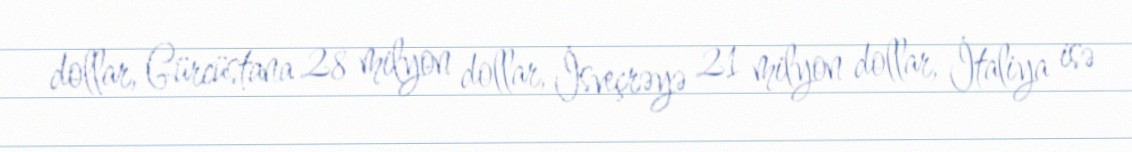
dollar, Gürcüstana 28 milyon dollar, İsveçrəyə 21 milyon dollar, İtaliya isə